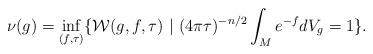
LaTeX: \begin{align*}\nu(g) = \inf_{(f,\tau)}\{\mathcal{W}(g,f,\tau) \ | \ (4\pi\tau)^{-n/2}\int_{M}e^{-f}dV_{g}=1\}.\end{align*}